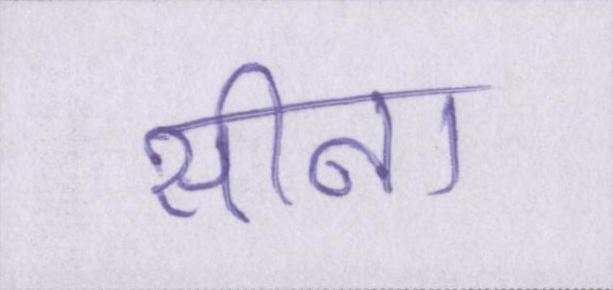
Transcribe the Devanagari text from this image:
सीना